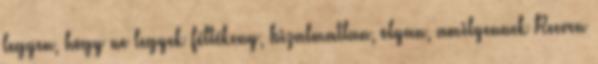
legyen, hogy ne legyek féltékeny, bizalmatlan, olyan, amilyennek Reeven